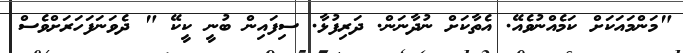
"މަންމައަކަށް ކަމެއްނުވެއޭ. އެތާކަށް ނުދާނަން. ދަރިފުޅާ. ސިފައިން ބުނީ ކީކޭ " ދެވަނަފަހަރަށްވެސް